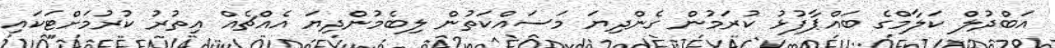
އަބްދުލް ކަލާމްގެ ބައްޕާފުޅު ކުރަމުން ގެންދިޔަ މަސައްކަތުން ލިބެމުންދިޔަ އެއްޗެއް އިތުރު ކުރުމަށްޓަކައި